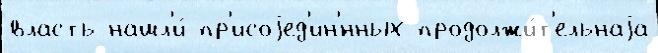
власть нашл'и́ пр'исоjед'ин'́нных продолжи́т'ельнаjа